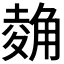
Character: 𧤂